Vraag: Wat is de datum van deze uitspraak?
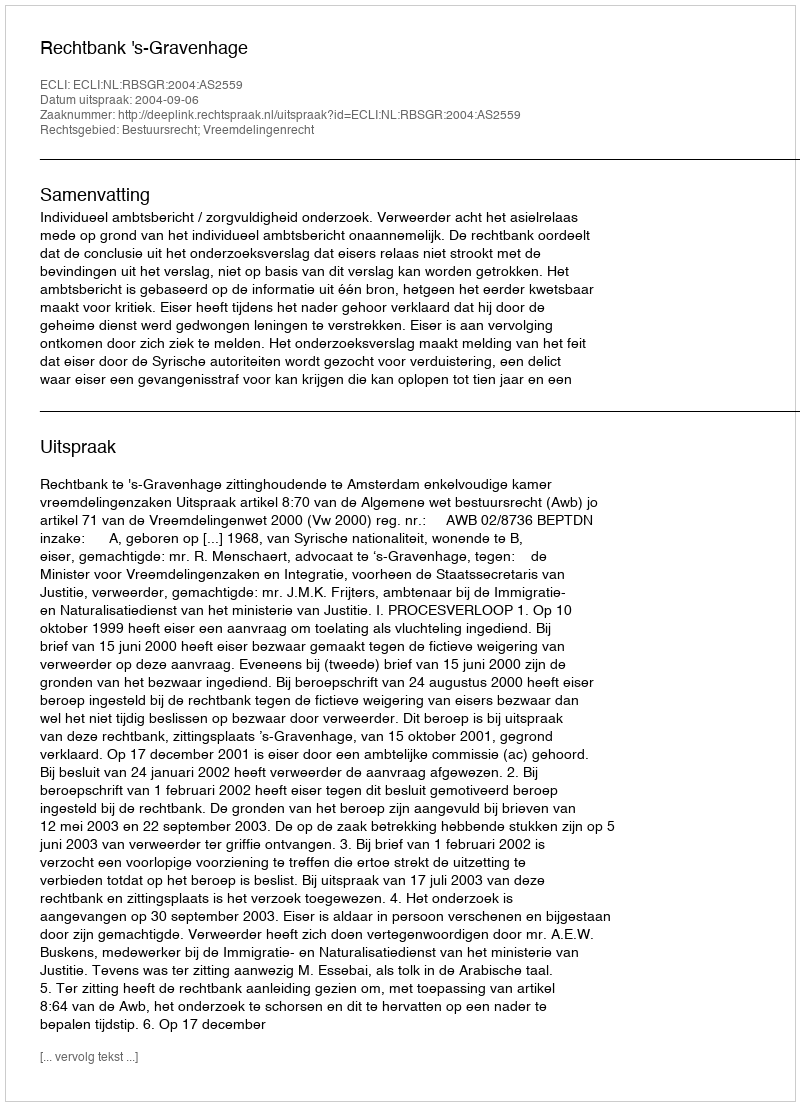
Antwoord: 2004-09-06